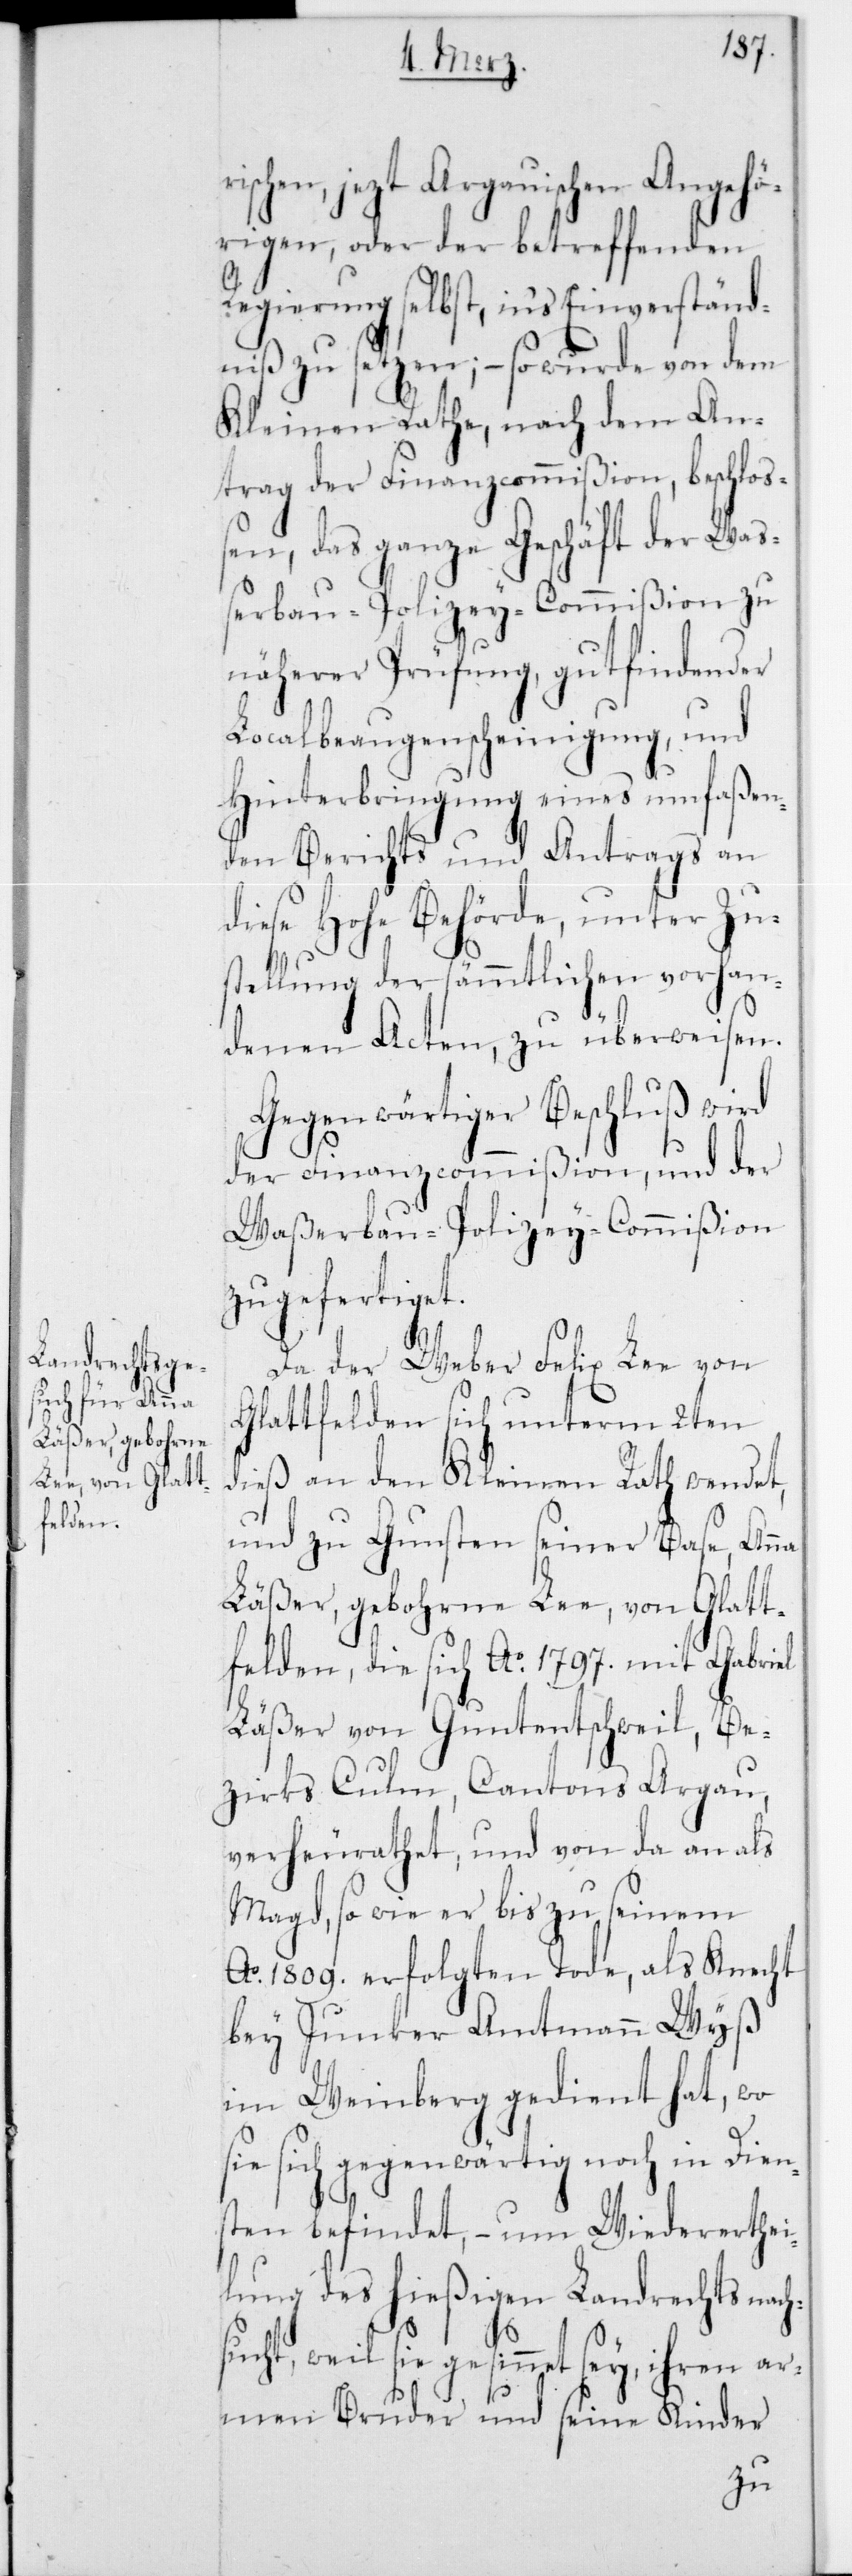
ischen, jetzt Argauischen Angehör¬
igen, oder der betreffenden
Regierung selbst, in‘s Einverständ¬
niß zu setzen; – so wurde von dem
Kleinen Rathe, nach dem An¬
trag der Finanzcommißion, beschloß¬
en, das ganze Geschäft der Waß¬
erbau-Polizey-Commißion zu
näherer Prüfung, gutfindender
Localbeaugenscheinigung, und
Hinterbringung eines umfaßen¬
den Berichts und Antrags an
diese Hohe Behörde, unter Zu¬
stellung der sämmtlichen vorhan¬
denen Acten, zu überweisen.
Gegenwärtiger Beschluß wird
der Finanzcommißion, und der
Waßerbau-Polizey-Commißion
zugefertiget.
Da der Weber Felix Lee von
Glattfelden sich unterm 2ten
dieß an den Kleinen Rath wendet,
und zu Gunsten seiner Base, Anna
Läßer, gebohrne Lee, von Glatt¬
felden, die sich Ao 1797 mit Gabriel
Läßer von Guntentschweil, Be¬
zirks Culm, Canton Aargau,
verheurathet, und von da an als
Magd, so wie er bis zu seinem
Ao 1809 erfolgten Tode, als Knecht
bey Junker Amtmann Wyß
im Weinberg gedient hat, wo
sie sich gegenwärtig noch in Dien¬
sten befindet, – um Wiedererthei¬
lung des hießigen Landrechts nach¬
r¬
sucht, weil sie gesinnet sey, ihren ar¬
men Bruder und seine Kinder